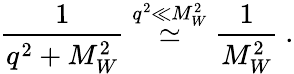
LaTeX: \frac{1}{q^{2}+M_{W}^{2}}\stackrel{q^{2}\ll M_{W}^{2}}{\simeq}\frac{1}{M_{W}^{2}}~.